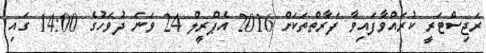
ރަޖިސްޓަރީ ކުރައްވާފައިވާ ފަރާތްތަކަށް 2016 އެޕްރީލް 24 ވަނަ ދުވަހުގެ 14:00 ގައި